Bréfritari: Ragnheiður Daníelsdóttir
Viðtakandi: Jakobína Magnúsdóttir
Dagsetning: A-1887-03-01
Skrifað á: Reykjavík  Gull.
Ragnheiður var dóttir Jakobínu

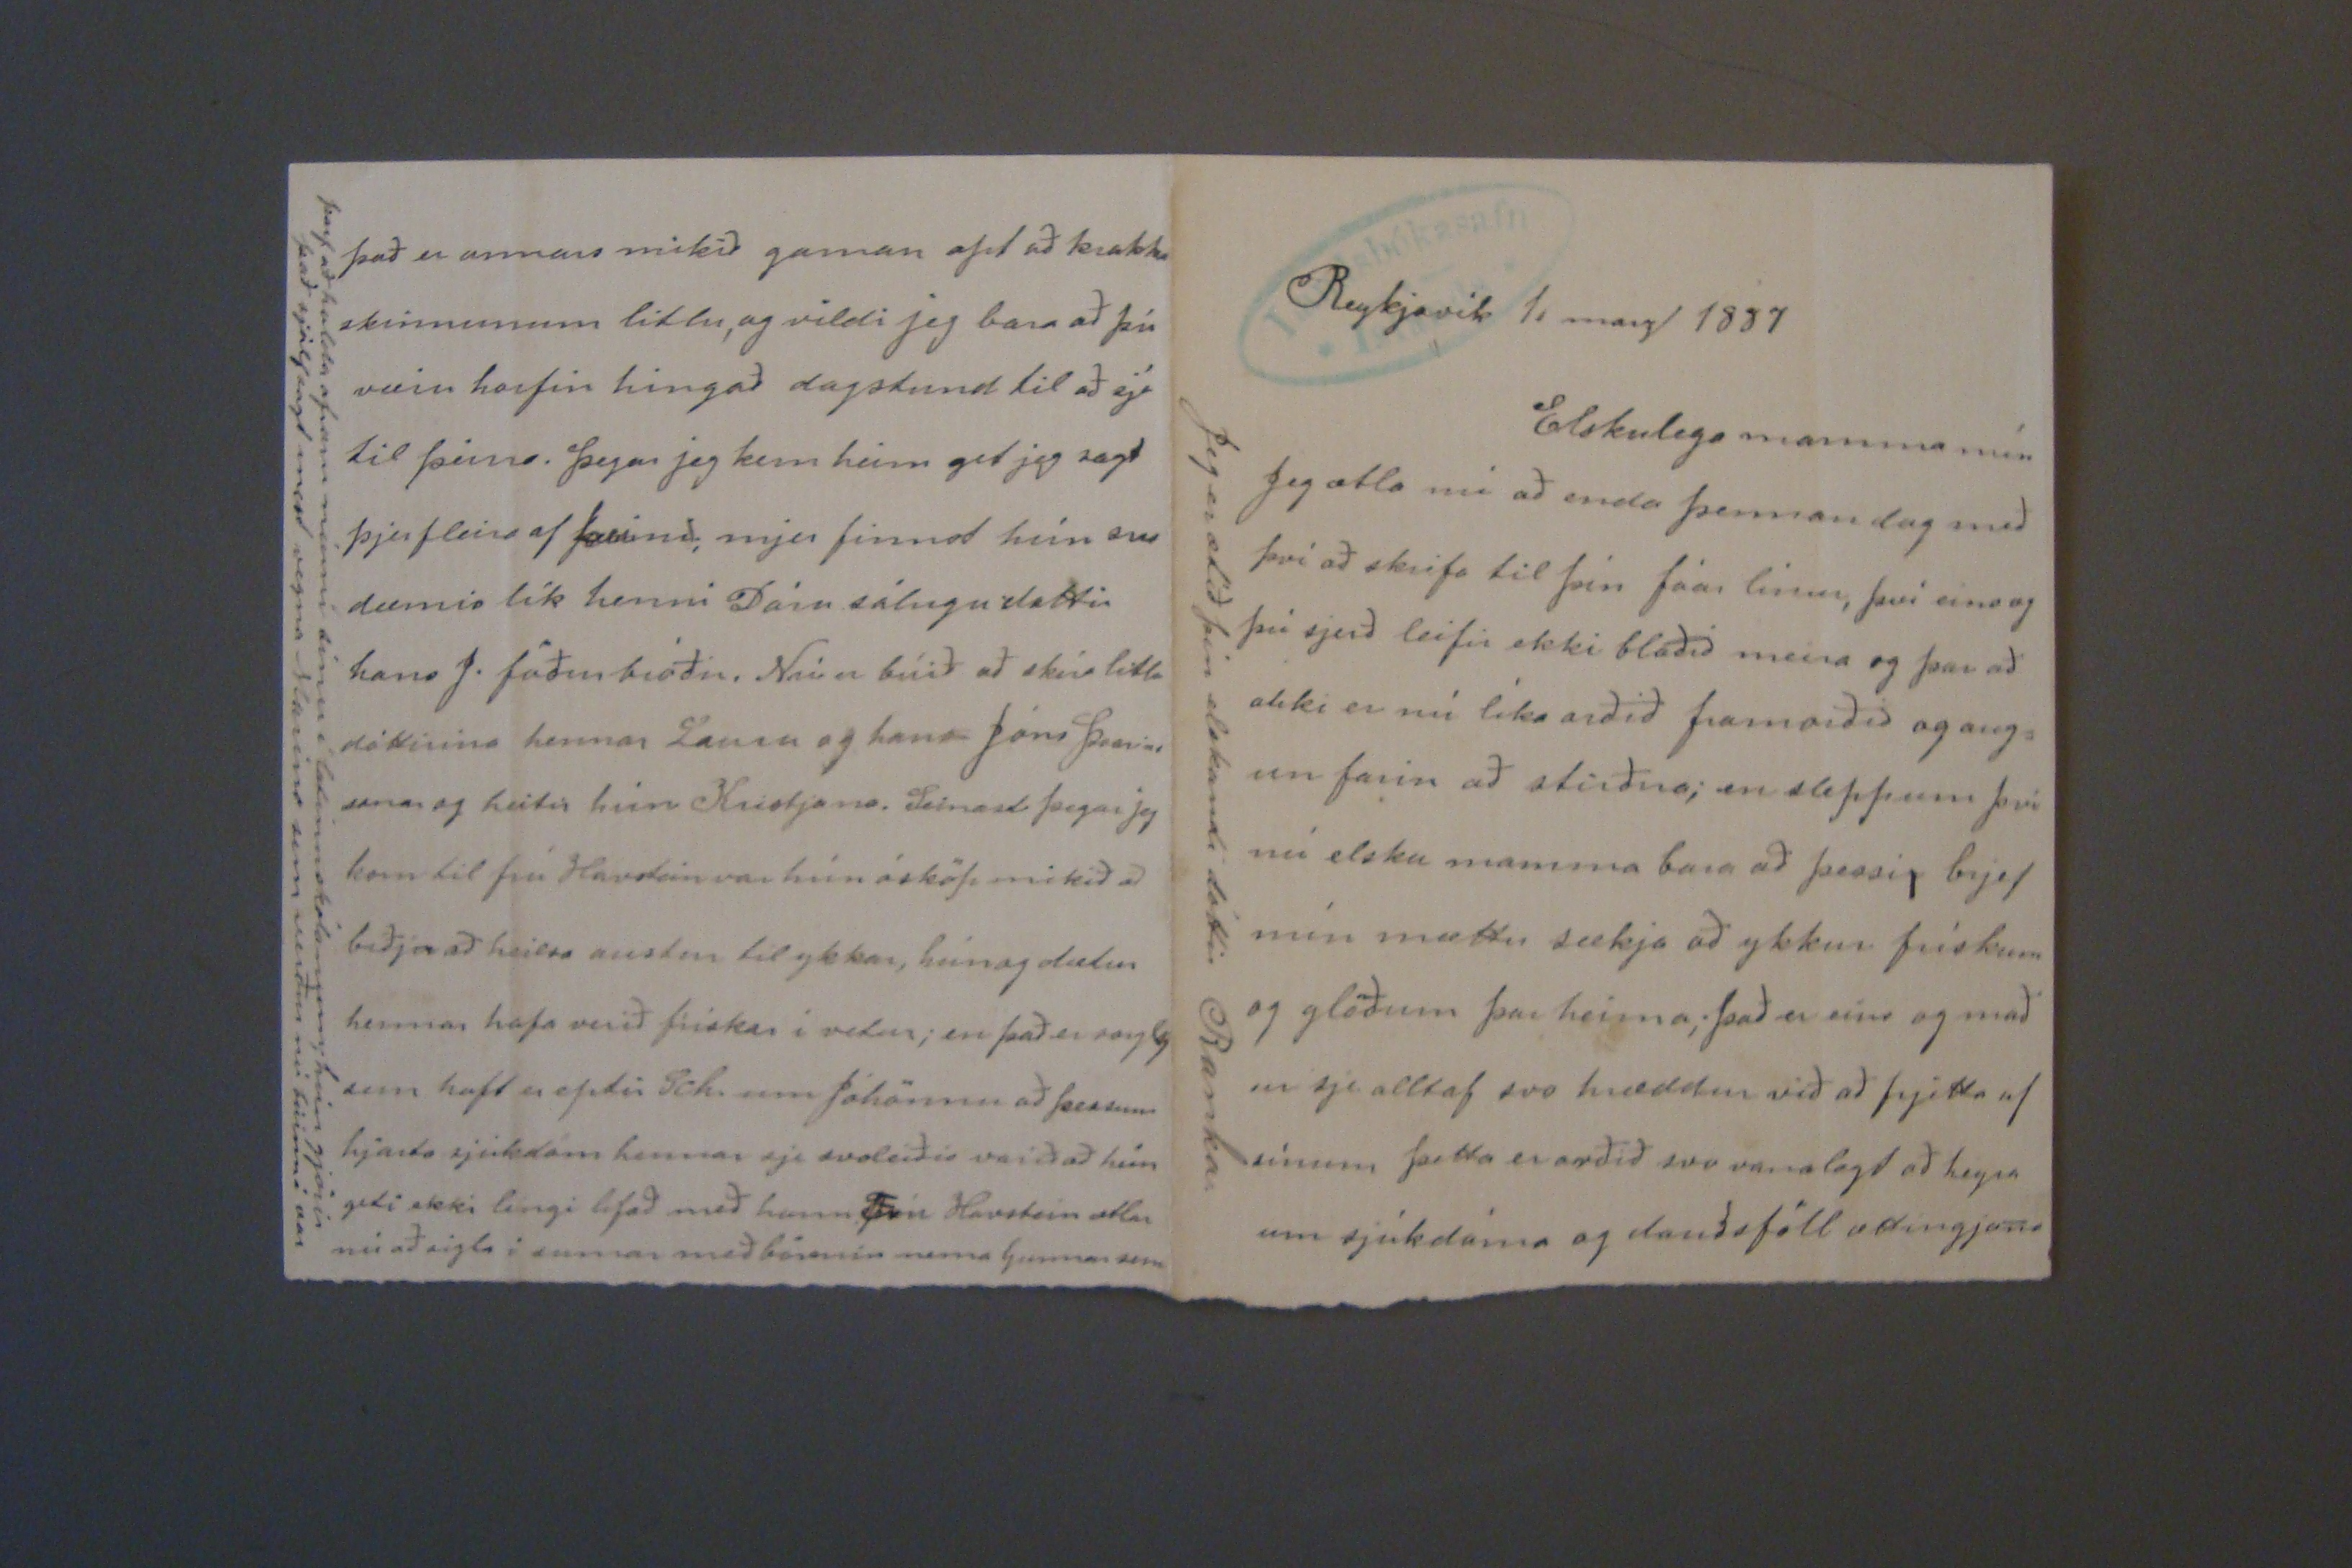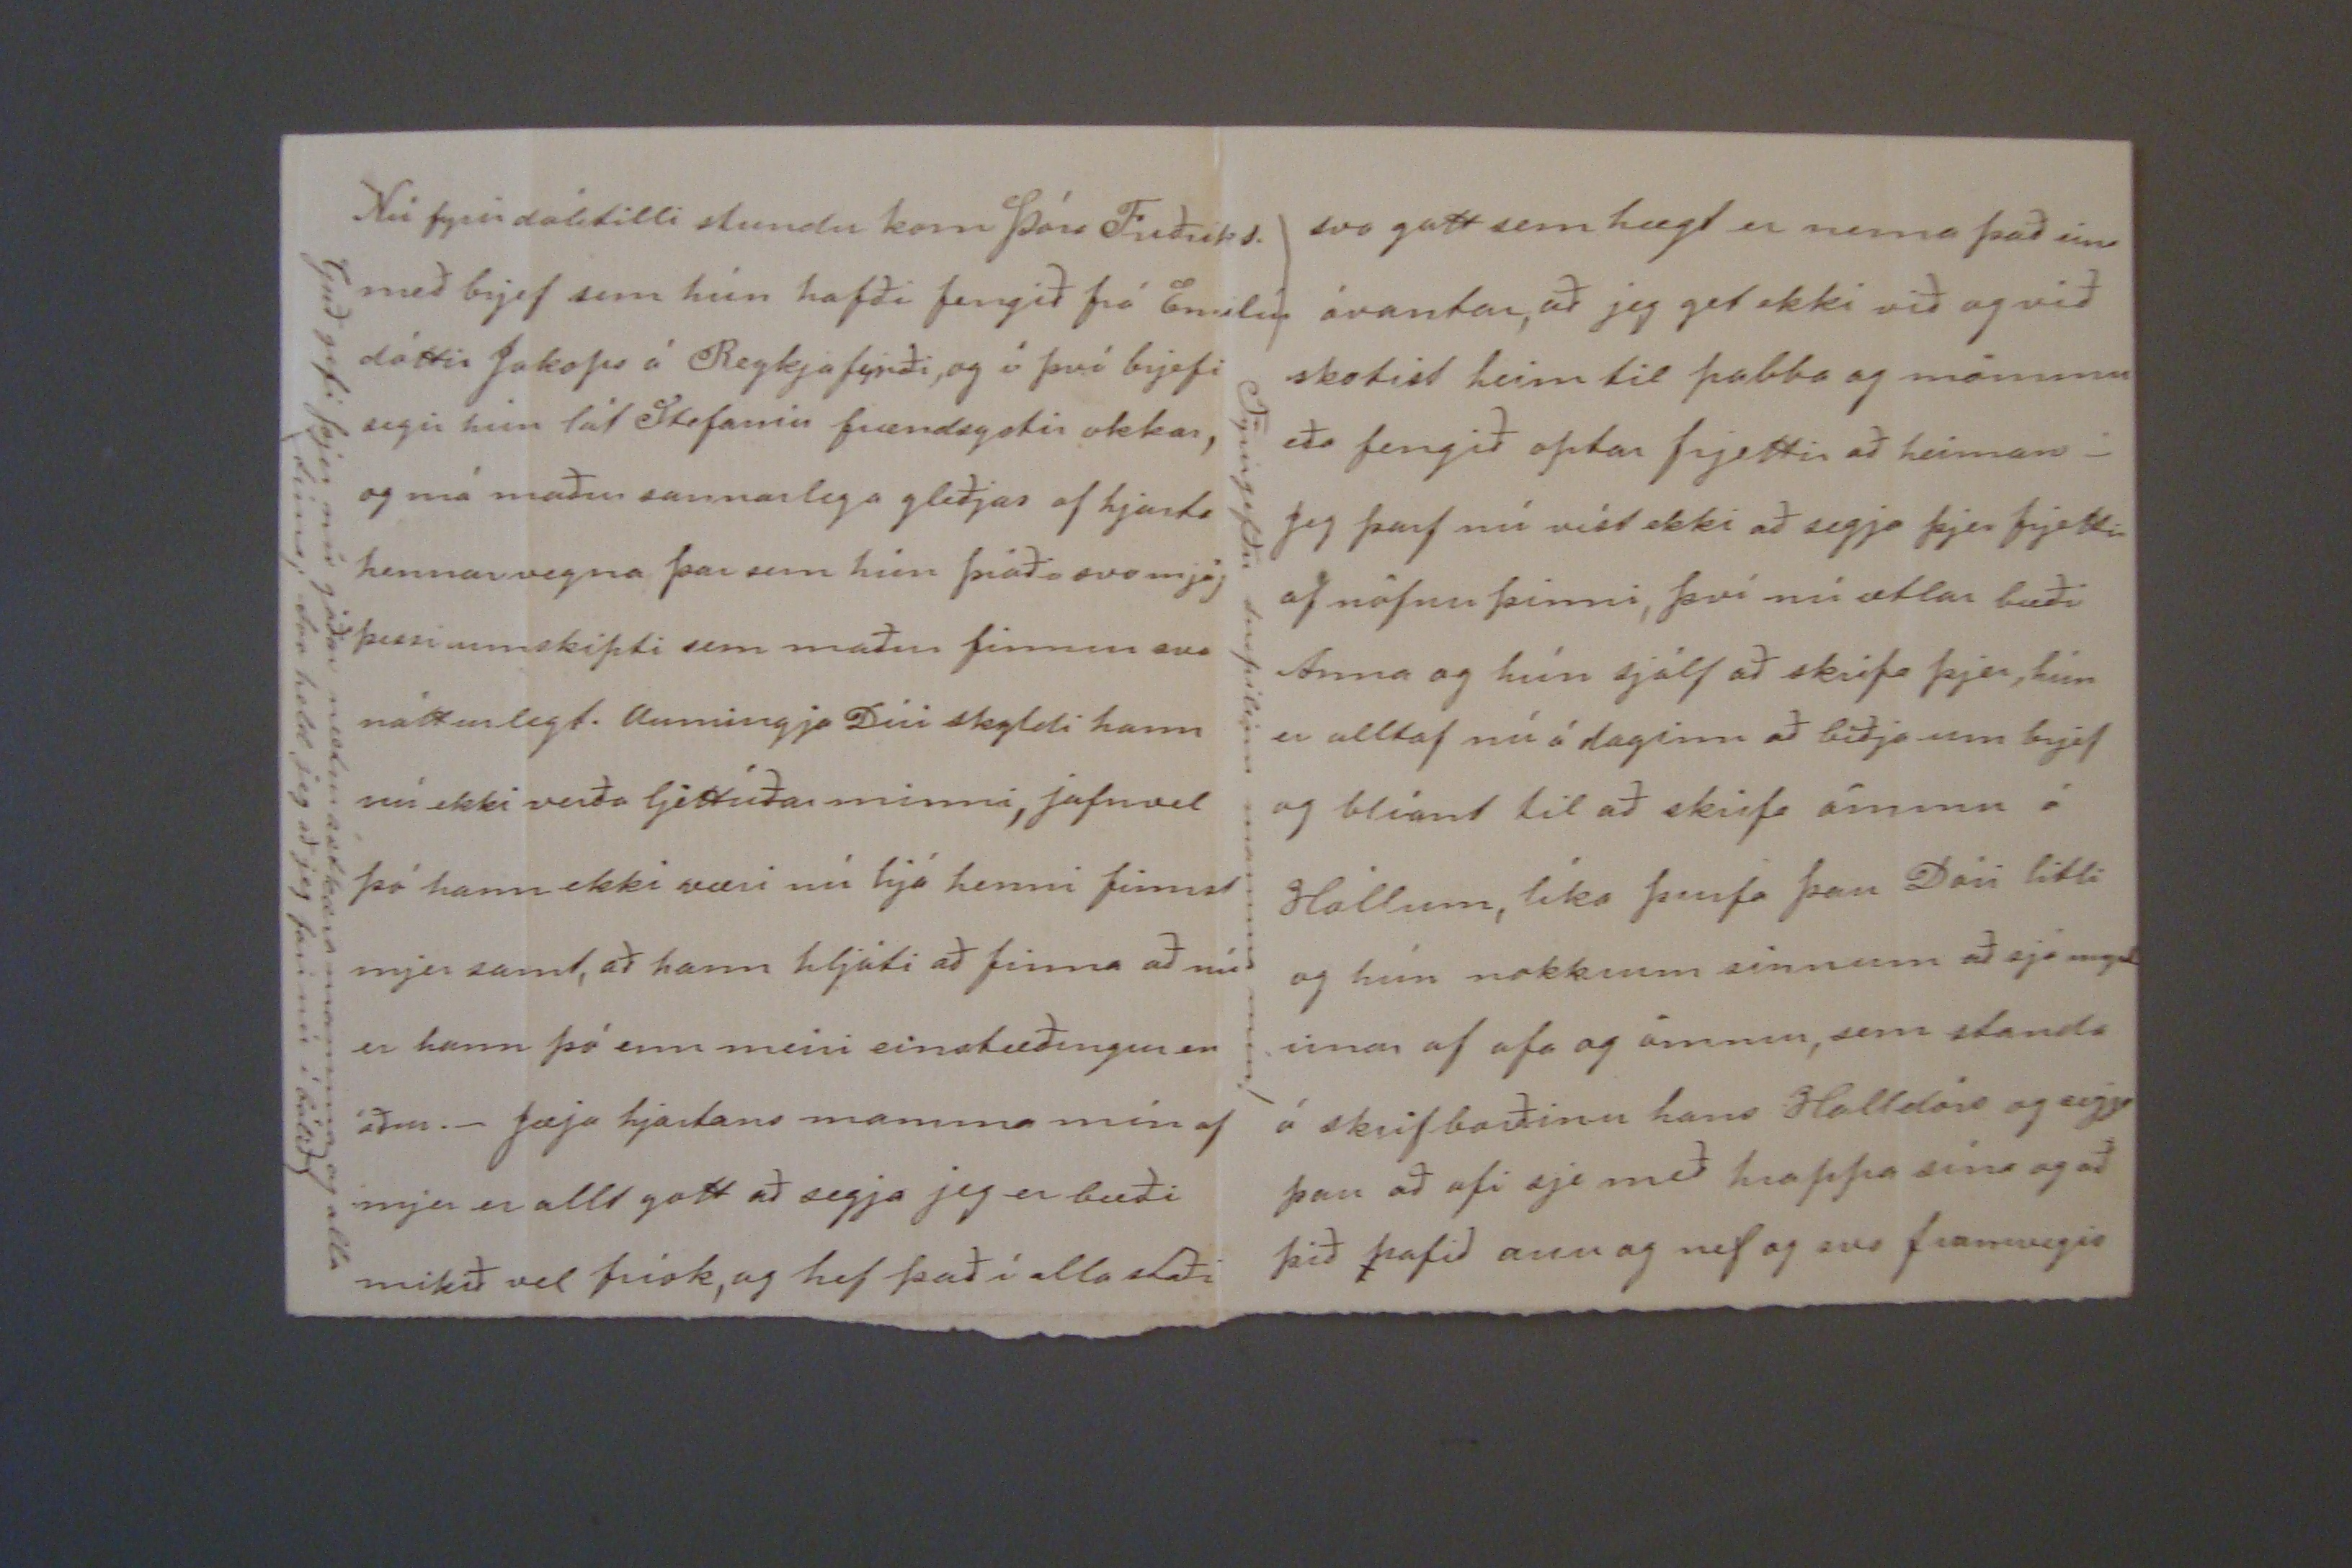

Reykjavík 1. marz 1887
Elskulega mamma mín
Jeg ætla nú að enda þennan dag með því að skrifa til þín fáar línur, því eins og þú sjerð leifir ekki blaðið meira og þar að ekki er nú líka orðið framorðið og aug= un farin að stirðna; en sleppum því nú elsku mamma bara að þessi, brjef mín mættu sækja að ykkur frískum og glöðum þar heima; það er eins og mað ur sje alltaf svo hræddur við að frjetta af sínum þetta er orðið svo vanalegt að heyra um sjúkdóma og dauðsföll ættingjana
Jeg er ætíð þín elskandi dóttir Ranka
Nú fyrir dálitilli stundu kom Þóra Friðriks. með brjef sem hún hafði fengið frá Emilíu dóttir Jakops á Reykjafyrði, og á því brjefi segir hún lát Stefaníu frændsystir okkar, og má maður sannarlega gleðjas af hjarta hennar vegna þar sem hún þráði svo mjög þessi umskipti sem maður finnur svo nátturlegt. aumingja Dúi skyldi hann nú ekki verða ljettúðar minni, jafnvel þó hann ekki væri nú hjá henni finnst mjer samt, að hann hljóti að finna að nú er hann þó enn meiri einstæðingur en áður._ Jæja hjartans mamma mín af mjer er allt gott að segja jeg er bæði mikið vel frísk, og hef það í alla staði
Guð gefi þjer nú góðar nætur ástkæra mamma og alla tíma; Svo held jeg að jeg fari nú í bólið
svo gott sem hægt er nema það eins ávantar, að jeg get eki við og við skotist heim til pabba og mömmu eða fengið optar frjettir að heiman_ Jeg þar nú víst ekki að segja þjer frjettir af nöfnu þinni, því nú ætlar bæði Anna og hún sjálf að skrifa þjer, hún er alltaf nú á daginn að biðja um brjef og blíant til að skrifa ömmu á Hóllum, líka þurfa þau Dóri litli og hún nokkrum sinnum að sjá mynd irnar af af aog ömmu, sem standa á skrifborðinu hans Halldórs og segja þau að afi sje með
hr
appa sína og að þið hafið
auu
og nef og svo framvegis
Fyrirgefðu snepilinn mamma mín!
það er annars mikið gaman opt að krakka skinnunum litlu, og vildi jeg bara að þú værir horfin hingað dagstund til að sjá til þeirra. þegar jeg kem heim get jeg sagt þjer fleira af
þeim;
mjer finnst hún svo dæmis lík henni Dóru sálugu dottir hans J. föðurbróðir. Nú er búið að skíra litlu dóttirina hennar Lauru og hans Jóns
Þrains
sonar og heitir hún Kristjana. Seinast þegar jeg kom til frú Havstein var hún ósköp mikið að biðja að heilsa austur til ykkar, hún og dætur hennar hafa verið frískar í vetur; en það er
sorgleg
sem haft er eptir
Sch.
um Jóhönnu að þessum hjarta sjúkdóm hennar sje svoleiðis varið að hún geti ekki léngi lifað með hann. Frú Havstein ætlar nú að sigla í sumar með börnin nema Gunnar um
þarf að halda afram minni
tínu
í latínuskólanum; hún gjörir það sjálfsagt mest vegna
sl00ins
sem verður nú búinn í vor